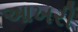
આખરી